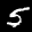
Label: 5